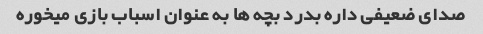
صدای ضعیفی داره بدرد بچه ها به عنوان اسباب بازی میخوره